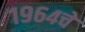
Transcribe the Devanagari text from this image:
१९६४चे